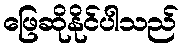
ဖြေဆိုနိုင်ပါသည်